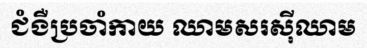
ជំងឺប្រចាំកាយ ឈាមសរស៊ីឈាម